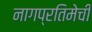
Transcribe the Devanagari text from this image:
नागप्रतिमेची